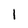
Character: I